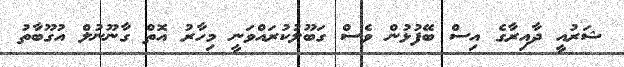
ޝަރުއީ ދާއިރާގެ އިސް ބޭފުޅުން ވެސް ގަބޫލުކުރައްވަނީ މިހާރު އޮތް ގާނޫނުލް އުގޫބާތު